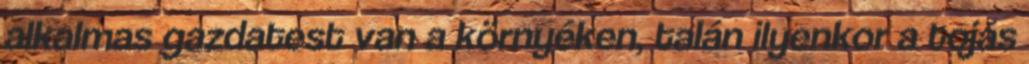
alkalmas gazdatest van a környéken, talán ilyenkor a tojás